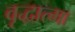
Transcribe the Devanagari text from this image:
वृद्धात्मा